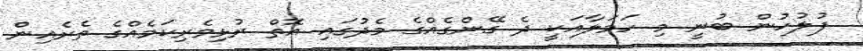
ފުލުހުން ބުނީ މި ހަމަލާއަކީ ދެ ގޭންގެއްގެ މެދުގައި އޮތް ރުޅިވެރިކަމެއްގެ ތެރެއިން